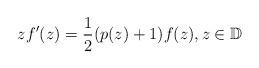
LaTeX: \begin{align*}zf^{\prime}(z)=\frac{1}{2}(p(z)+1)f(z), z\in\mathbb{D}\end{align*}